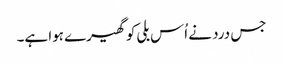
جس درد نے اُس بلی کو گھیرے ہوا ہے۔